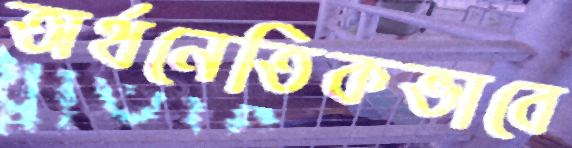
অর্থনেতিকভাবে